Vital statistics of India. Vol. IV, Annual returns from 1871 to 1876. British Army of India, Native Army and jails of Bengal
Year: 1871
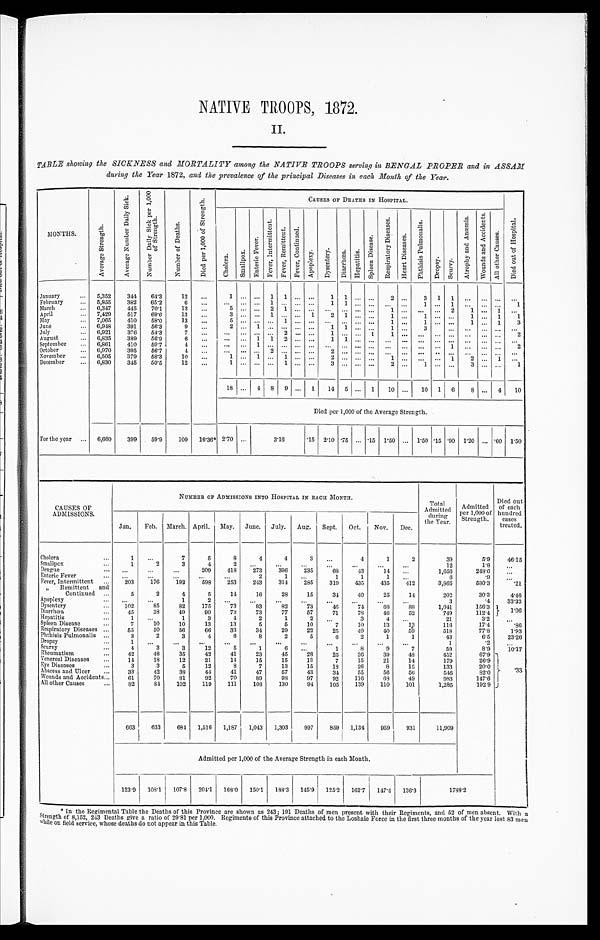
NATIVE TROOPS, 1872.
II.
TABLE showing the SICKNESS and MORTALITY among the NATIVE TROOPS serving in BENGAL PROPER and in ASSAM
during the Year 1872, and the prevalence of the principal Diseases in each Month of the Year.
MONTHS.
A v e r a g e S t r e n g t h .
A v e r a g e N u m b e r D a i l y S i c k .
N u m b e r D a i l y S i c k p e r 1 , 0 0 0 o f S t r e n g t h .
N u m b e r o f D e a t h s .
D i e d p e r 1 , 0 0 0 o f S t r e n g t h .
CAUSES OF DEATHS IN HOSPITAL.
C h o l e r a .
S m a l l p o x .
E n t e r i c F e v e r .
F e v e r , I n t e r m i t t e n t .
F e v e r , R e m i t t e n t . F e v e r , C o n t i n u e d .
A p o p l e x y . D y s e n t e r y .
D i a r r h œ a .
H e p a t i t i s .
S p l e e n D i s e a s e .
R e s p i r a t o r y D i s e a s e s .
H e a r t D i s e a s e s .
P h t h i s i s P u l m o n a l i s .
D r o p s y . Scurvy.
A t r o p h y a n d A n æ m i a . W o u n d s a n d A c c i d e n t s .
A l l o t h e r C a u s e s .
D i e d o u t o f H o s p i t a l .
January . . . 5,352
344
64.3
12
. . .
1
. . .
. . .
1 1
. . .
. . .
1 1
. . .
. . .
2
. . .
3 1 1
. . . . . .
. . .
. . .
February . . . 5,855
382
65.2
6
. . .
. . .
. . .
. . .
1
. . .
. . .
. . .
1
1
. . .
. . .
. . .
. . .
1
. . .
1
. . . . . . . . . 1
March . . . 6,347
445
70.1
13
. . .
5
. . .
. . .
2
1 . . .
. . .
. . .
. . .
. . .
. . .
1 . . .
. . .
. . .
2
1 . . . 1
. . .
April . . . 7,429
517
69.6
13
. . .
3
. . .
. . . 1
. . .
. . . 1
2 1
. . .
. . .
1 . . .
1
. . .
. . .
1 . . . 1
1
May . . . 7,065
410
58.0
13
. . .
5
. . .
. . . . . .
1 . . .
. . .
. . .
. . .
. . .
. . .
1 . . .
1
. . .
. . .
1 . . . 1
3
June . . . 6,948
391
56.3
9
. . .
2 . . .
1
. . . . . . . . .
. . .
1 1
. . .
. . .
1 . . .
3
. . . . . .
. . . . . . . . .
. . .
July . . . 6,921
376
54.3
7
. . .
. . . . . .
. . .
. . . 2 . . .
. . . 1
. . .
. . . 1
1 . . .
. . .
. . .
. . .
. . . . . . . . .
2
August . . . 6,835
389
56.9
6
. . .
. . .
. . . 1 1 2 . . .
. . .
1
1
. . . . . .
. . .
. . .
. . .
. . .
. . .
. . . . . . . . .
. . .
September . . . 6,861
410
59.7
4 . . .
. . .
. . . 1
. . .
. . .
. . .
. . .
. . .
. . .
. . . . . .
. . .
. . .
. . .
. . . 1
. . . . . . . . .
2
October . . . 6,970
395
56.7
4
. . .
. . .
. . .
. . .
2
. . .
. . .
. . .
2
. . .
. . . . . .
. . .
. . .
. . .
. . .
. . .
. . . . . . . . .
. . .
November . . . 6,505
379
58.3
10
. . .
1
. . . 1
. . . 1 . . .
. . .
2
. . .
. . . . . .
1 . . .
. . .
. . . 1
2 . . . 1
. . .
December . . . 6,830
345
50.5
12
. . .
1 . . .
. . .
. . .
1 . . .
. . .
3
. . .
. . . . . .
2 . . .
1
. . .
. . .
3 . . . . . .
1
18
. . . 4 8 9 . . . 1
14 5
. . . 1
10 . . . 10 1
6
8 . . . 4
10
Died per 1,000 of the Average Strength.
For the year . . . 6,660
399
59.9
109
16.36* 2.70 . . .
3.16
.15 2.10 .75
. . . .15 1.50 . . . 1.50 .15 .90 1.20 . . . .60 1.50
CAUSES OF
ADMISSIONS.
NUMBER OF ADMISSIONS INTO HOSPITAL IN EACH MONTH.
Total
Admitted
during
the Year
Admitted
Per 1,000 of
Strength.
Died out
of each
hundred
cases
treated.
Jan.
Feb. March. April. May. June. July.
Aug.
Sept.
Oct.
Nov.
Dec.
Cholera . . .
1
. . .
7
5
8
4
4
3
. . .
4
1
2
39
5.9
46.15
Smallpox . . .
1
2
3
4
2
. . .
. . .
. . .
. . .
. . .
. . .
. . .
12
1.8
. . .
Dengue . . .
. . .
. . .
. . .
209
418
273
396
235
68
43
14
. . .
1,656
248.6
. . .
Enteric Fever . . .
. . .
. . .
. . .
. . .
. . .
2
1
. . .
1
1
1
. . .
6
. 9
. . .
Fever, Intermittent . . .
203
176
192
598
253
243
314
285
319
435
435
412
3,865
580.3
.21
" Remittent and
Continued . . .
5
2
4
5
14
16
28
15
34
40
25
14
202
3 0 . 3
4 . 4 6
Apoplexy . . .
. . .
. . .
1
2
. . .
. . .
. . .
. . .
. . .
. . .
. . .
. . .
3
.4
3 3 . 3 3
Dysentery . . .
102
85
82
175
73
93
82
73
46
74
68
88
1,041
156.3
1 . 0 6
Diarrhœa . . .
45
38
49
90
73
73
77
57
71
78
46
52
749
112. 4
Hepatitis . . .
1
. . .
1
3
4
2
1
2
. . .
3
4
. . .
21
3.2
. . .
Spleen Disease . . .
7
10
10
13
13
5
5
10
7
10
13
13
116
17.4
. 8 6
Respiratory Diseases . . .
55
50
56
66
33
34
29
22
25
49
40
59
518
77.8
1.93
Phthisis Pulmonalis . . .
3
2
3
4
6
8
2
5
6
2
1
1
43
6.5
23.26
Dropsy . . .
1
. . .
. . .
. . .
. . .
. . .
. . .
. . .
. . .
. . .
. . .
. . .
1
.2
. . .
Scurvy . . .
4
3
3
12
5
1
6
. . .
1
8
9
7
59
8.9
1 0 . 1 7
Rheumatism . . .
42
48
35
42
41
23
45
28
25
36
39
48
452
67.9 . 3 3
Venereal Diseases . . .
14
18
12
21
14
15
15
13
7
15
21
14
179
26.9
Eye Diseases . . .
3
3
5
12
8
7
13
15
18
26
8
15
133
20.0
Abscess and Ulcer . . .
33
42
38
44
41
47
57
43
34
55
56
56
546
82.0
Wounds and Accidents . . .
61
70
81
92
70
89
98
97
92
116
68
49
983
147.6
All other Causes . . .
82
8 4
102
119
111
108
130
94
105
139
110
101
1,285
192.9
663
633
684
1,516
1,187
1,043
1,303
997
859 1,134
959
931
11,909
Admitted per 1,000 of the Average Strength in each Month.
123.9
108.1
107.8 204.1
168.0
150.1
188.3
145.9
125.2
162.7
1 4 7 . 4
136.3
1788.2
* In the Regimental Table the Deaths of this Province are shown as 243; 191 Deaths of men present with their Regiments, and 52 of men absent. With a
Strength of 8,152, 243 Deaths give a ratio of 29.81 per 1,000. Regiments of this Province attached to the Loshaie Force in the first three months of the year lost 83 men
while on field service, whose deaths do not appear in this Table.